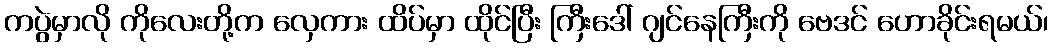
ကပွဲမှာလို ကိုလေးတို့က လှေကား ထိပ်မှာ ထိုင်ပြီး ကြီးဒေါ် ဂျင်နေကြီးကို ဗေဒင် ဟောခိုင်းရမယ်၊